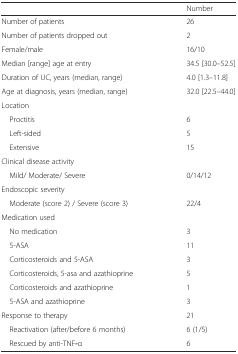
|  | Number |
 | --- | --- |
 | Number of patients | 26 |
 | Number of patients dropped out | 2 |
 | Female/male | 16/10 |
 | Median [range] age at entry | 34.5 [30.0–52.5] |
 | Duration of UC, years (median, range) | 4.0 [1.3–11.8] |
 | Age at diagnosis, years (median, range) | 32.0 [22.5–44.0] |
 | Location |  |
 | Proctitis | 6 |
 | Left-sided | 5 |
 | Extensive | 15 |
 | Clinical disease activity |  |
 | Mild/ Moderate/ Severe | 0/14/12 |
 | Endoscopic severity |  |
 | Moderate (score 2) / Severe (score 3) | 22/4 |
 | Medication used |  |
 | No medication | 3 |
 | 5-ASA | 11 |
 | Corticosteroids and 5-ASA | 3 |
 | Corticosteroids, 5-asa and azathioprine | 5 |
 | Corticosteroids and azathioprine | 1 |
 | 5-ASA and azathioprine | 3 |
 | Response to therapy | 21 |
 | Reactivation (after/before 6 months) | 6 (1/5) |
 | Rescued by anti-TNF-α | 6 |